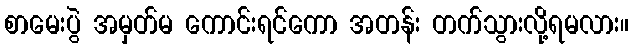
စာမေးပွဲ အမှတ်မ ကောင်းရင်ကော အတန်း တက်သွားလို့ရမလား။